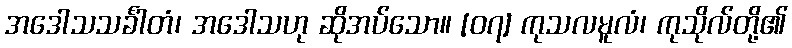
အဒေါသသင်္ခါတံ၊ အဒေါသဟု ဆိုအပ်သော။ [၀၇] ကုသလမူလံ၊ ကုသိုလ်တို့၏